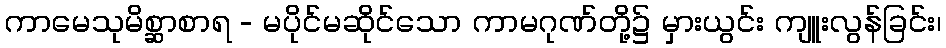
ကာမေသုမိစ္ဆာစာရ - မပိုင်မဆိုင်သော ကာမဂုဏ်တို့၌ မှားယွင်း ကျူးလွန်ခြင်း၊